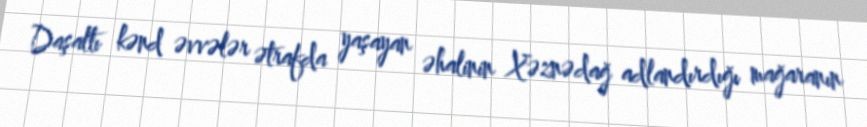
Daşaltı kənd əvvələr ətrafda yaşayan əhalinin Xəznədağ adlandırdığı mağaranın